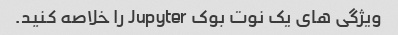
ویژگی های یک نوت بوک Jupyter را خلاصه کنید.